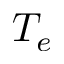
T _ { e }